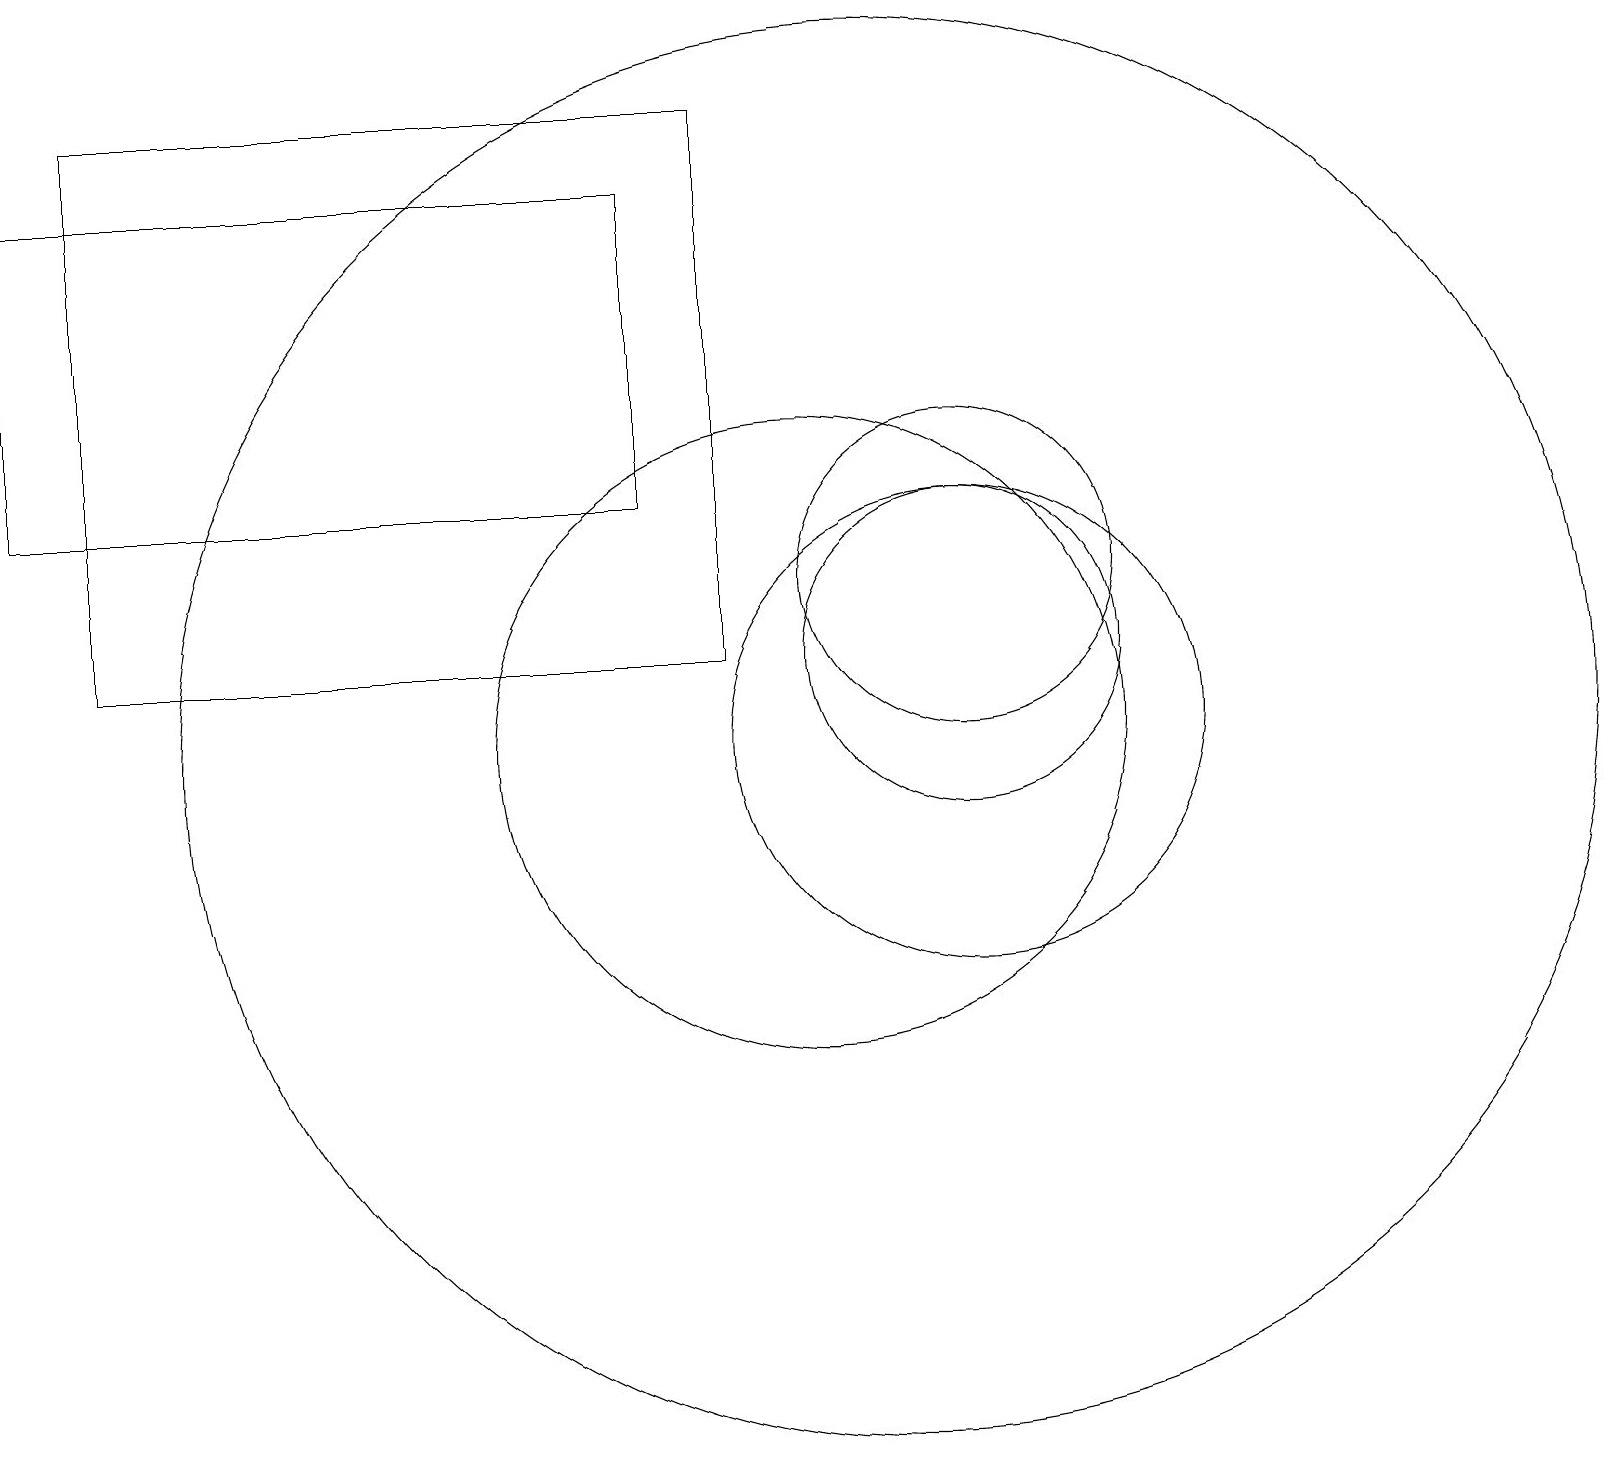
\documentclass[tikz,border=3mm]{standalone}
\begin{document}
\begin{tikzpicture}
\draw (12,11) circle (2);
\draw (12,10) circle (3);
\draw (12,12) circle (2);
\draw (10,10) circle (4);
\draw (11,10) circle (9);
\draw (1,11) rectangle (9,18);
\draw (0,17) rectangle (8,13);
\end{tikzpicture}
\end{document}